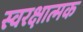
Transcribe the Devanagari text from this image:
स्वरक्षात्मक